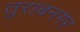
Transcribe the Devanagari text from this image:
तुराबनगर